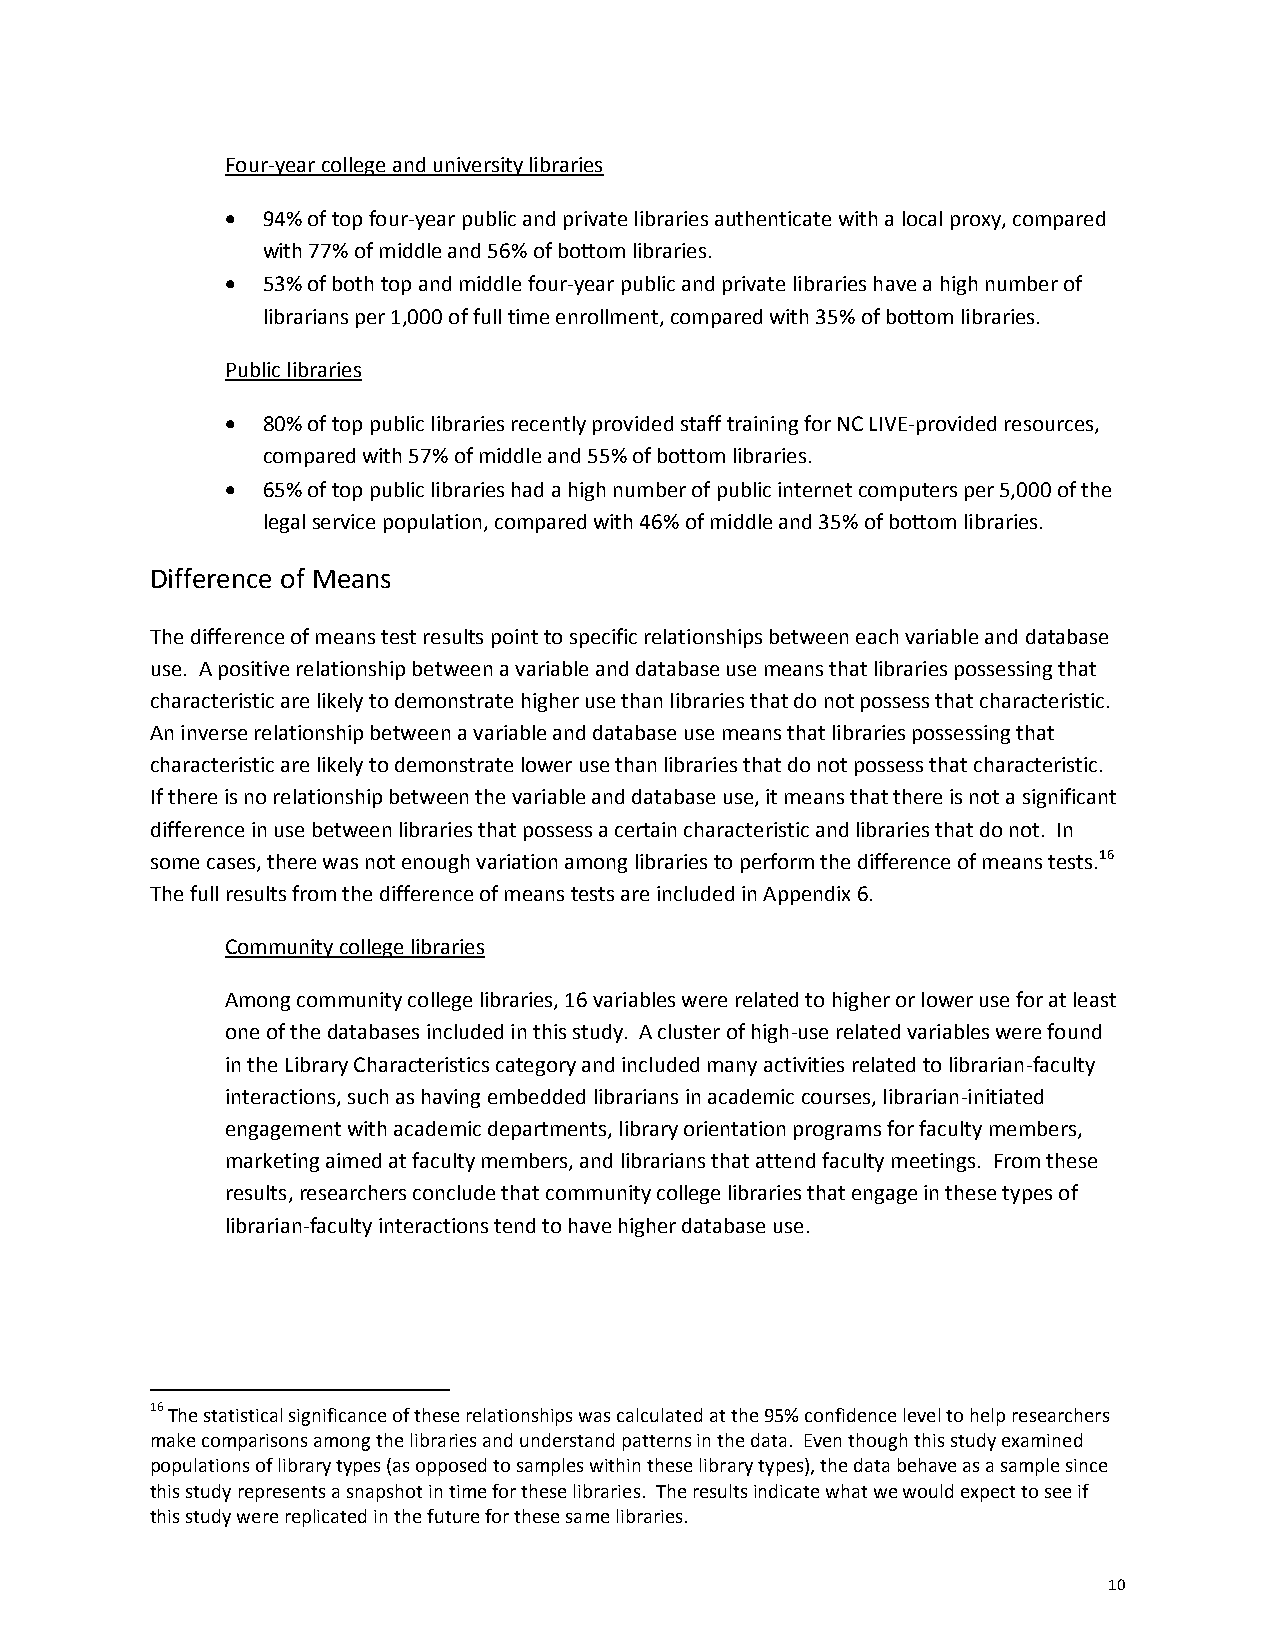
Four-year college and university libraries
 
 94% of topfour-year public and privatelibrariesauthenticate with alocalproxy, compared
 with 77% of middle and 56% of bottom libraries.
 
 53% of both top and middlefour-year public and private librarieshave ahighnumber of
 librarians per 1,000 offulltimeenrollment, compared with 35% of bottom libraries.
 Public libraries
 
 80% of toppubliclibrariesrecently providedstafftraining for NC LIVE-providedresources,
 compared with 57% of middle and 55% of bottom libraries.
 
 65% of top public libraries had ahighnumber ofpublicinternetcomputersper 5,000 of the
 legalservicepopulation, compared with 46% of middle and 35% of bottom libraries.
 Difference of Means
 The difference of means test results point to specific relationships between each variable and database
 use. A positive relationship betweenavariable and database use means that libraries possessing that
 characteristic are likely to demonstrate higher use than libraries that do not possess that characteristic.
 An inverse relationship betweenavariable and database use means that libraries possessing that
 characteristic are likely to demonstrate lower use than libraries that do not possess that characteristic.
 If there is no relationship between the variable and database use, it means that there is not a significant
 differencein use between libraries that possess a certain characteristic and libraries that do not. In
 some cases, there was not enough variation among libraries to perform the difference of means tests.16
 The full results from the difference of meanstests are included in Appendix 6.
 Community college libraries
 Among community college libraries, 16 variables were related to higher or lower use for at least
 one of thedatabasesincluded in this study. A cluster of high-use related variables were found
 in the Library Characteristics category and included many activities related to librarian-faculty
 interactions, such as havingembeddedlibrarians in academic courses, librarian-initiated
 engagement with academic departments, library orientation programs for facultymembers,
 marketing aimed at faculty members, and librarians that attend faculty meetings. From these
 results,researchersconclude that community college libraries that engage in these types of
 librarian-faculty interactions tend to have higher database use.
 16The statistical significance of these relationships was calculatedat the 95% confidence levelto help researchers
 make comparisons among the libraries and understand patterns in the data. Even though this study examined
 populations of library types (as opposed to samples within these library types), the data behave as a sample since
 this study represents a snapshot in time for these libraries. Theresults indicate what we would expect to see if
 this study were replicated in the future for these same libraries.
 10